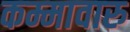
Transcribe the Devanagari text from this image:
कम्मावारु